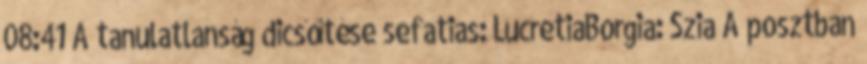
08:41 A tanulatlanság dicsőítése sefatias: LucretiaBorgia: Szia A posztban